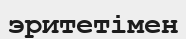
эритетімен